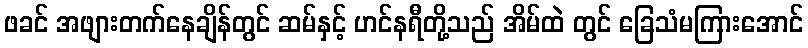
ဖခင် အဖျားတက်နေချိန်တွင် ဆမ်နှင့် ဟင်နရီတို့သည် အိမ်ထဲ တွင် ခြေသံမကြားအောင်